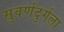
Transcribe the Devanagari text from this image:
सुवर्णदुर्गला